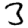
Digit: 3